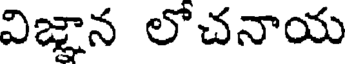
విజ్ఞాన లోచనాయ